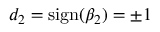
d _ { 2 } = \mathrm { s i g n } ( \beta _ { 2 } ) = \pm 1